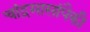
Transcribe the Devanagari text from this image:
चांद्रमासांपैकी